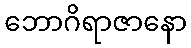
ဘောဂိရာဇာနော